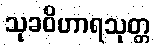
သုခဝိဟာရသုတ္တ